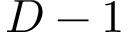
D - 1